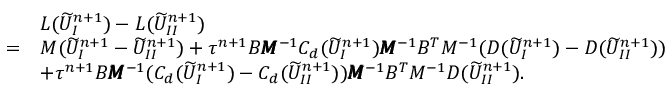
\begin{array} { r l } & { L ( \widetilde { U } _ { I } ^ { n + 1 } ) - L ( \widetilde { U } _ { I I } ^ { n + 1 } ) } \\ { = } & { M ( \widetilde { U } _ { I } ^ { n + 1 } - \widetilde { U } _ { I I } ^ { n + 1 } ) + \tau ^ { n + 1 } B \pmb { M } ^ { - 1 } C _ { d } ( \widetilde { U } _ { I } ^ { n + 1 } ) \pmb { M } ^ { - 1 } B ^ { T } M ^ { - 1 } ( D ( \widetilde { U } _ { I } ^ { n + 1 } ) - D ( \widetilde { U } _ { I I } ^ { n + 1 } ) ) } \\ & { + \tau ^ { n + 1 } B \pmb { M } ^ { - 1 } ( C _ { d } ( \widetilde { U } _ { I } ^ { n + 1 } ) - C _ { d } ( \widetilde { U } _ { I I } ^ { n + 1 } ) ) \pmb { M } ^ { - 1 } B ^ { T } M ^ { - 1 } D ( \widetilde { U } _ { I I } ^ { n + 1 } ) . } \end{array}